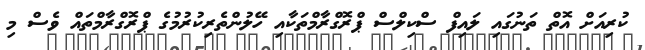
ކުރިއަށް އޮތް ތަނުގައި ލައިފް ސްކިލްސް ޕްރޮގްރާމްތަކާއި ހޭލުންތެރިކުރުމުގެ ޕްރޮގްރާމްތައް ވެސް މި